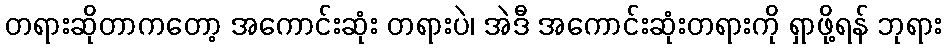
တရားဆိုတာကတော့ အကောင်းဆုံး တရားပဲ၊ အဲဒီ အကောင်းဆုံးတရားကို ရှာဖို့ရန် ဘုရား